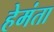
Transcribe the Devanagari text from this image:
हेमंता